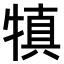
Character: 𤛇